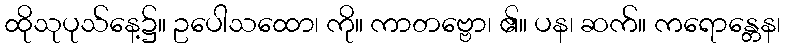
ထိုသုပုသ်နေ့၌။ ဥပေါသထော၊ ကို။ ကာတဗ္ဗော၊ ၏။ ပန၊ ဆက်။ ကရောန္တေန၊